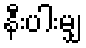
နီးပါးမျှ